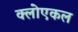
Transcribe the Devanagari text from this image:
क्लोएकल